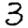
Digit: 3